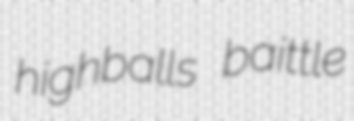
highballs baittle